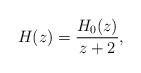
LaTeX: \begin{align*}H(z) = \frac{H_0(z)}{z+2} ,\end{align*}